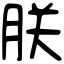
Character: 朕